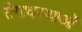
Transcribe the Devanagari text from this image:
रोगावस्थाओं